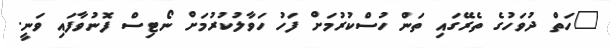
"ހަތް ދުވަހުގެ ތެރޭގައި ތަން ހުސްކުރުމަށް ފަހު ހަވާލުކުރުމަށް ނޯޓިސް ފޮނުވާފައި ވަނީ.